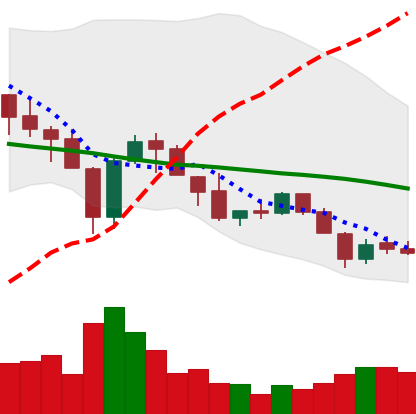
Ticker: XLM-USD
Chart end date: 2018-05-26
Forward return: 4.2%
Label: up_3_5